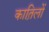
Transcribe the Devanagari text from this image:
कात़िलों